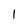
Character: l